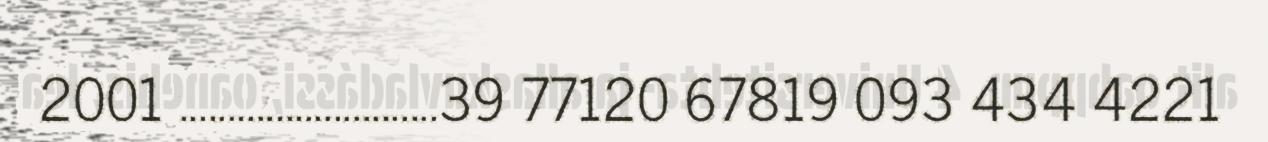
2001 ...........................39 77120 67819 093 434 4221